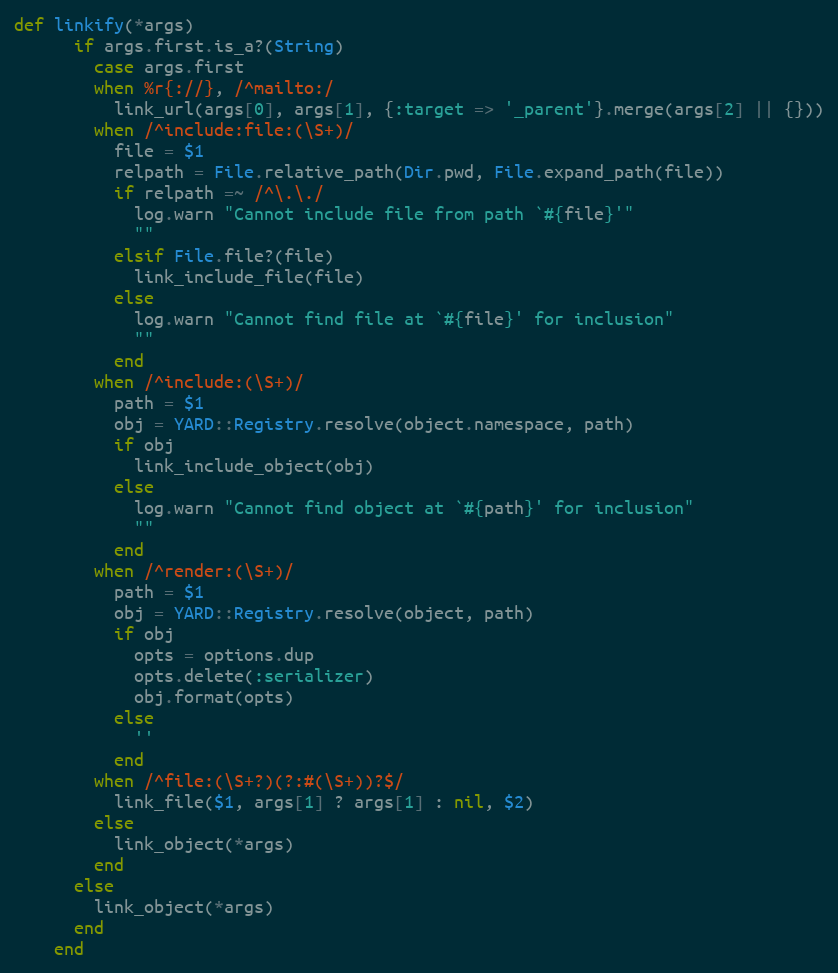
Language: Ruby
def linkify(*args)
      if args.first.is_a?(String)
        case args.first
        when %r{://}, /^mailto:/
          link_url(args[0], args[1], {:target => '_parent'}.merge(args[2] || {}))
        when /^include:file:(\S+)/
          file = $1
          relpath = File.relative_path(Dir.pwd, File.expand_path(file))
          if relpath =~ /^\.\./
            log.warn "Cannot include file from path `#{file}'"
            ""
          elsif File.file?(file)
            link_include_file(file)
          else
            log.warn "Cannot find file at `#{file}' for inclusion"
            ""
          end
        when /^include:(\S+)/
          path = $1
          obj = YARD::Registry.resolve(object.namespace, path)
          if obj
            link_include_object(obj)
          else
            log.warn "Cannot find object at `#{path}' for inclusion"
            ""
          end
        when /^render:(\S+)/
          path = $1
          obj = YARD::Registry.resolve(object, path)
          if obj
            opts = options.dup
            opts.delete(:serializer)
            obj.format(opts)
          else
            ''
          end
        when /^file:(\S+?)(?:#(\S+))?$/
          link_file($1, args[1] ? args[1] : nil, $2)
        else
          link_object(*args)
        end
      else
        link_object(*args)
      end
    end